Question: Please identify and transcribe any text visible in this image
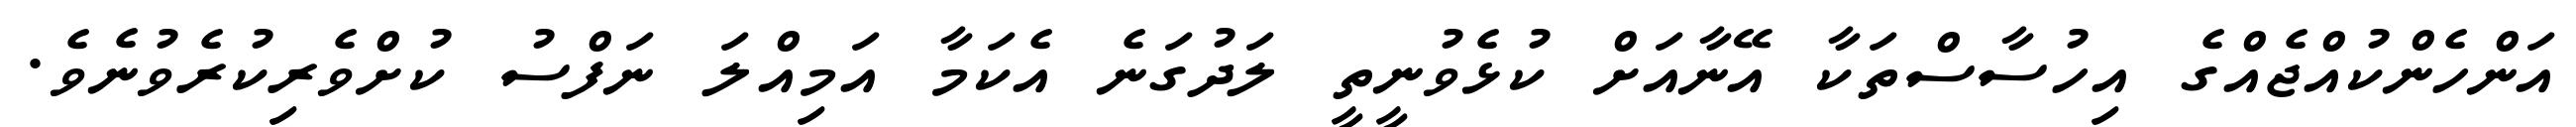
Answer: އަންހެންކުއްޖެއްގެ އިހުސާސްތަކާ އޭނާއަށް ކުޅެވުނީތީ ލަދުގަނެ އެކަމާ އަމިއްލަ ނަފްސު ކުށްވެރިކުރެވުނެވެ.